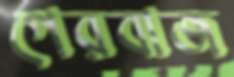
গেরবাজ